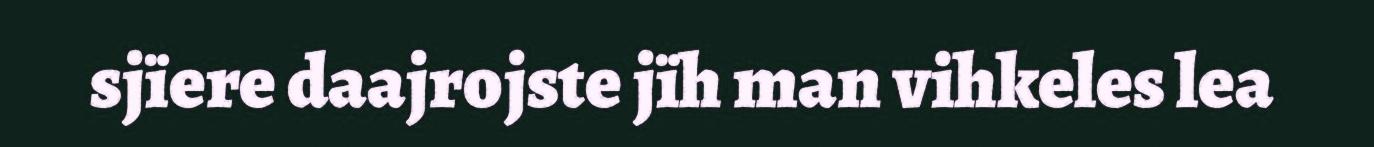
sjïere daajrojste jïh man vihkeles lea